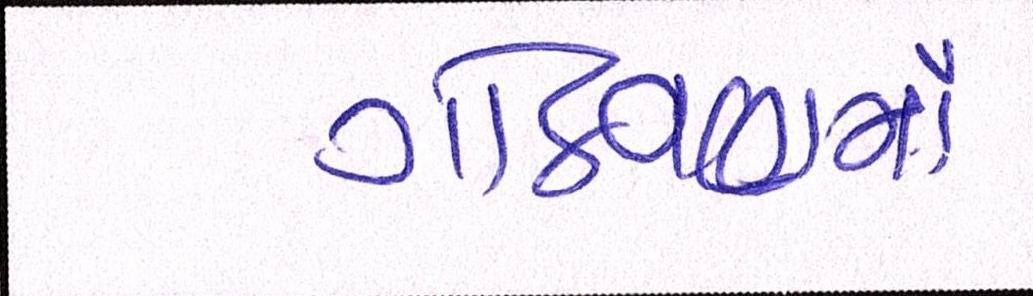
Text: ગોઠવણમાં